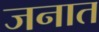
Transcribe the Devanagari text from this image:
जनात